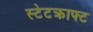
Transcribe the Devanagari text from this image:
स्टेटक्राफ्ट